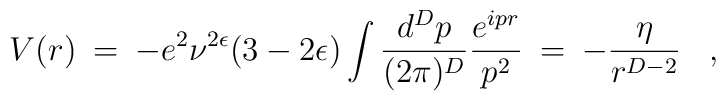
V(r)\>=\>-e^2\nu^{2 \epsilon}(3 - 2 \epsilon)\int\frac{d^Dp}{(2\pi)^D}\frac{e^{ipr}}{p^2}\>=\>-\frac{\eta}{ r^{D-2}}\;\;\;,